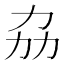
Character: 劦